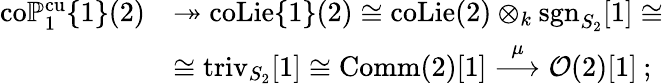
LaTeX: \begin{array}{rl}{\mathrm{co}\mathbb{P}_{1}^{\mathrm{cu}}\{ 1\} (2)}&{\twoheadrightarrow\mathrm{coLie}\{ 1\} (2)\cong\mathrm{coLie}(2)\otimes_{k}\mathrm{sgn}_{S_{2}}[1]\cong}\\ &{\cong\mathrm{triv}_{S_{2}}[1]\cong\mathrm{Comm}(2)[1]\stackrel{\mu}{\longrightarrow}\mathcal{O}(2)[1]\: ;}\end{array}